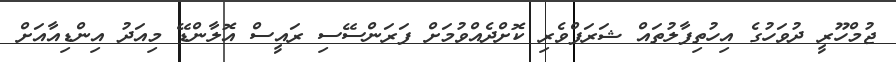
ޖުމްހޫރީ ދުވަހުގެ އިހުތިފާލުތައް ޝަރަފްވެރި ކޮށްދެއްވުމަށް ފަރަންސޭސި ރައީސް އޮލާންޑޭ މިއަދު އިންޑިއާއަށް